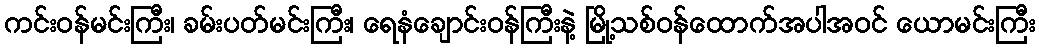
ကင်းဝန်မင်းကြီး၊ ခမ်းပတ်မင်းကြီး၊ ရေနံချောင်းဝန်ကြီးနဲ့ မြို့သစ်ဝန်ထောက်အပါအဝင် ယောမင်းကြီး